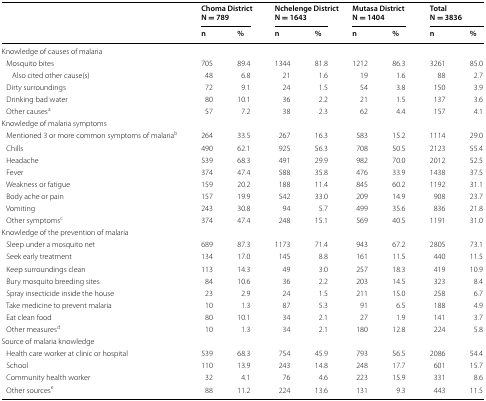
<table><thead><tr><td rowspan="2"></td><td colspan="2"><b>Choma DistrictN = 789</b></td><td colspan="2"><b>Nchelenge DistrictN = 1643</b></td><td colspan="2"><b>Mutasa DistrictN = 1404</b></td><td colspan="2"><b>TotalN = 3836</b></td></tr><tr><td><b>n</b></td><td><b>%</b></td><td><b>n</b></td><td><b>%</b></td><td><b>n</b></td><td><b>%</b></td><td><b>n</b></td><td><b>%</b></td></tr></thead><tbody><tr><td colspan="9">Knowledge of causes of malaria</td></tr><tr><td> Mosquito bites</td><td>705</td><td>89.4</td><td>1344</td><td>81.8</td><td>1212</td><td>86.3</td><td>3261</td><td>85.0</td></tr><tr><td>Also cited other cause(s)</td><td>48</td><td>6.8</td><td>21</td><td>1.6</td><td>19</td><td>1.6</td><td>88</td><td>2.7</td></tr><tr><td> Dirty surroundings</td><td>72</td><td>9.1</td><td>24</td><td>1.5</td><td>54</td><td>3.8</td><td>150</td><td>3.9</td></tr><tr><td> Drinking bad water</td><td>80</td><td>10.1</td><td>36</td><td>2.2</td><td>21</td><td>1.5</td><td>137</td><td>3.6</td></tr><tr><td> Other causes<sup>a</sup></td><td>57</td><td>7.2</td><td>38</td><td>2.3</td><td>62</td><td>4.4</td><td>157</td><td>4.1</td></tr><tr><td colspan="9">Knowledge of malaria symptoms</td></tr><tr><td> Mentioned 3 or more common symptoms of malaria<sup>b</sup></td><td>264</td><td>33.5</td><td>267</td><td>16.3</td><td>583</td><td>15.2</td><td>1114</td><td>29.0</td></tr><tr><td> Chills</td><td>490</td><td>62.1</td><td>925</td><td>56.3</td><td>708</td><td>50.5</td><td>2123</td><td>55.4</td></tr><tr><td> Headache</td><td>539</td><td>68.3</td><td>491</td><td>29.9</td><td>982</td><td>70.0</td><td>2012</td><td>52.5</td></tr><tr><td> Fever</td><td>374</td><td>47.4</td><td>588</td><td>35.8</td><td>476</td><td>33.9</td><td>1438</td><td>37.5</td></tr><tr><td> Weakness or fatigue</td><td>159</td><td>20.2</td><td>188</td><td>11.4</td><td>845</td><td>60.2</td><td>1192</td><td>31.1</td></tr><tr><td> Body ache or pain</td><td>157</td><td>19.9</td><td>542</td><td>33.0</td><td>209</td><td>14.9</td><td>908</td><td>23.7</td></tr><tr><td> Vomiting</td><td>243</td><td>30.8</td><td>94</td><td>5.7</td><td>499</td><td>35.6</td><td>836</td><td>21.8</td></tr><tr><td> Other symptoms<sup>c</sup></td><td>374</td><td>47.4</td><td>248</td><td>15.1</td><td>569</td><td>40.5</td><td>1191</td><td>31.0</td></tr><tr><td colspan="9">Knowledge of the prevention of malaria</td></tr><tr><td> Sleep under a mosquito net</td><td>689</td><td>87.3</td><td>1173</td><td>71.4</td><td>943</td><td>67.2</td><td>2805</td><td>73.1</td></tr><tr><td> Seek early treatment</td><td>134</td><td>17.0</td><td>145</td><td>8.8</td><td>161</td><td>11.5</td><td>440</td><td>11.5</td></tr><tr><td> Keep surroundings clean</td><td>113</td><td>14.3</td><td>49</td><td>3.0</td><td>257</td><td>18.3</td><td>419</td><td>10.9</td></tr><tr><td> Bury mosquito breeding sites</td><td>84</td><td>10.6</td><td>36</td><td>2.2</td><td>203</td><td>14.5</td><td>323</td><td>8.4</td></tr><tr><td> Spray insecticide inside the house</td><td>23</td><td>2.9</td><td>24</td><td>1.5</td><td>211</td><td>15.0</td><td>258</td><td>6.7</td></tr><tr><td> Take medicine to prevent malaria</td><td>10</td><td>1.3</td><td>87</td><td>5.3</td><td>91</td><td>6.5</td><td>188</td><td>4.9</td></tr><tr><td> Eat clean food</td><td>80</td><td>10.1</td><td>34</td><td>2.1</td><td>27</td><td>1.9</td><td>141</td><td>3.7</td></tr><tr><td> Other measures<sup>d</sup></td><td>10</td><td>1.3</td><td>34</td><td>2.1</td><td>180</td><td>12.8</td><td>224</td><td>5.8</td></tr><tr><td colspan="9">Source of malaria knowledge</td></tr><tr><td> Health care worker at clinic or hospital</td><td>539</td><td>68.3</td><td>754</td><td>45.9</td><td>793</td><td>56.5</td><td>2086</td><td>54.4</td></tr><tr><td> School</td><td>110</td><td>13.9</td><td>243</td><td>14.8</td><td>248</td><td>17.7</td><td>601</td><td>15.7</td></tr><tr><td> Community health worker</td><td>32</td><td>4.1</td><td>76</td><td>4.6</td><td>223</td><td>15.9</td><td>331</td><td>8.6</td></tr><tr><td> Other sources<sup>e</sup></td><td>88</td><td>11.2</td><td>224</td><td>13.6</td><td>131</td><td>9.3</td><td>443</td><td>11.5</td></tr></tbody></table>